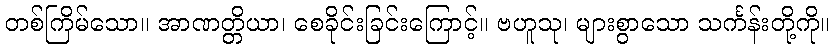
တစ်ကြိမ်သော။ အာဏတ္တိယာ၊ စေခိုင်းခြင်းကြောင့်။ ဗဟူသု၊ များစွာသော သင်္ကန်းတို့ကို။